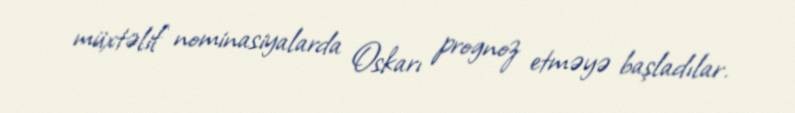
müxtəlif nominasiyalarda Oskarı prognoz etməyə başladılar.